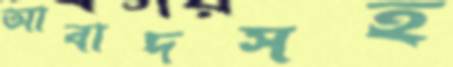
আবাদসহ